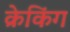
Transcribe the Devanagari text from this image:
क्रेकिंग